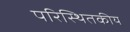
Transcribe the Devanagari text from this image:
परिस्थितकीय